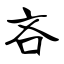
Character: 吝